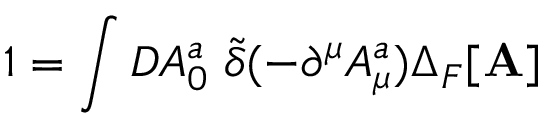
1 = \int { \cal D } A _ { 0 } ^ { a } \; { \widetilde { \delta } } ( - \partial ^ { \mu } A _ { \mu } ^ { a } ) \Delta _ { F } [ { \bf A } ]